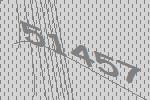
51457